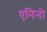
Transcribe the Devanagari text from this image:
एनिनो